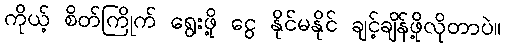
ကိုယ့် စိတ်ကြိုက် ရွေးဖို့ ငွေ နိုင်မနိုင် ချင့်ချိန်ဖို့လိုတာပဲ။